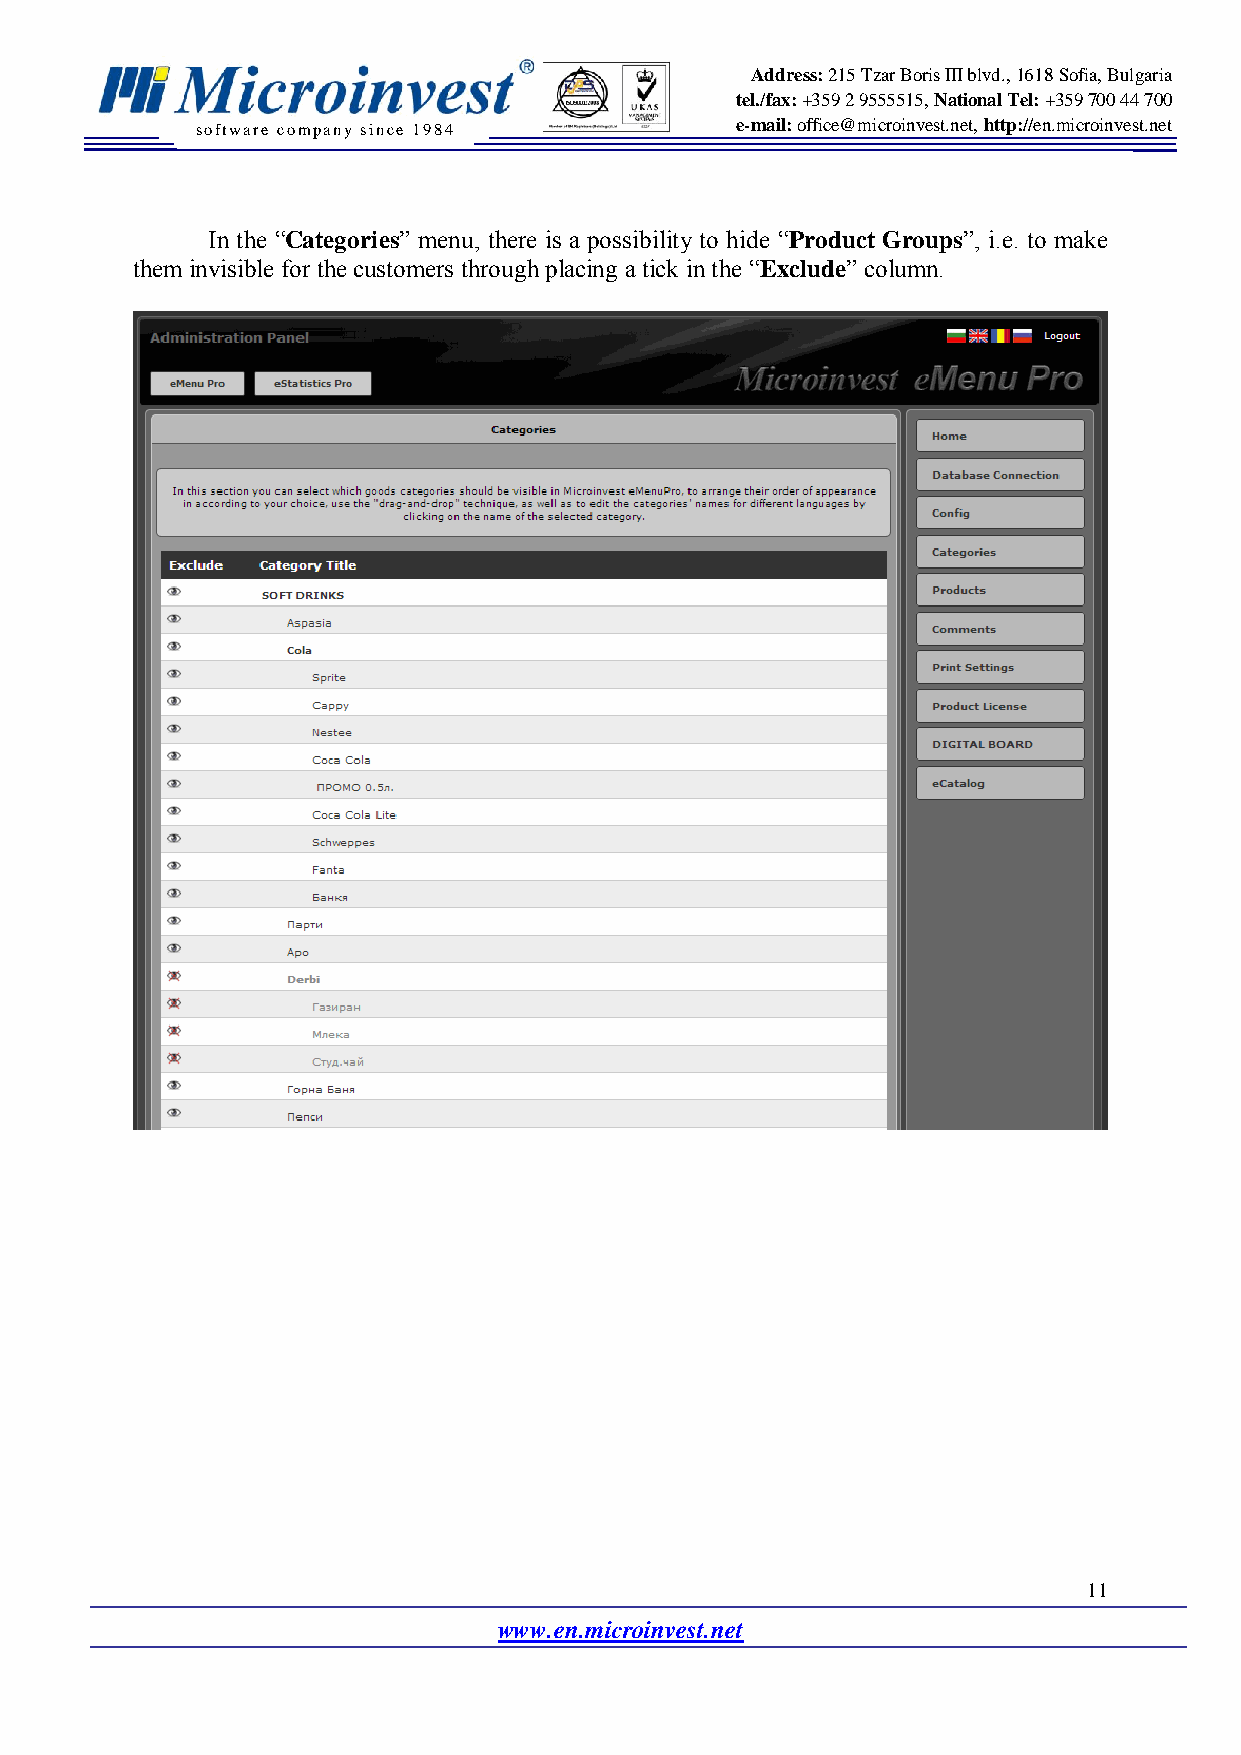
Address: 215 Tzar Boris III blvd., 1618 Sofia, Bulgaria
 tel./fax: +359 2 9555515, National Tel: +359 700 44 700
 software company since 19 84        e-mail: office@microinvest.net, http://en.microinvest.net
 In the “Categories” menu, there is a possibility to hide “Product Groups”, i.e. to make
 them invisible for the customers through placing a tick in the “Exclude” column.
 11
 www.en.microinvest.net